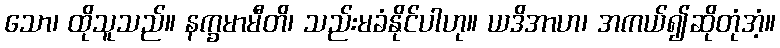
သော၊ ထိုသူသည်။ နက္ခမာမီတိ၊ သည်းမခံနိုင်ပါဟု။ ယဒိအာဟ၊ အကယ်၍ဆိုတုံအံ့။